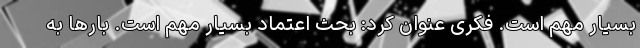
بسیار مهم است. فکری عنوان کرد: بحث اعتماد بسیار مهم است. بارها به